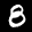
Label: 8